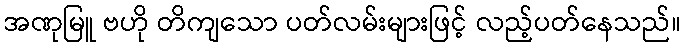
အဏုမြူ ဗဟို တိကျသော ပတ်လမ်းများဖြင့် လည့်ပတ်နေသည်။